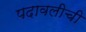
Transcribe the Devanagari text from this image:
पदावलीची